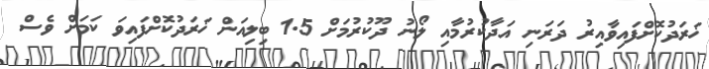
ޚަރަދުކޮށްފައިވާއިރު ދަރަނި އަދާކުރުމާއި ލޯނު ދޫކުރުމަށް 1.5 ބިލިއަން ޚަރަދުކޮށްފައިވަ ކަމަށް ވެސް